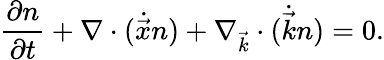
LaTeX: \frac{\partial n}{\partial t}+\nabla\cdot(\dot{\vec{x}}n)+\nabla_{\vec{k}}\cdot(\dot{\vec{k}}n)=0.